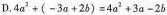
D.$$4 a ^ { 2 } + ( - 3 a + 2 b ) = 4 a ^ { 2 } + 3 a - 2 b$$